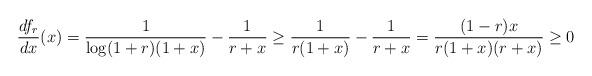
LaTeX: \begin{align*}\frac{df_r}{dx}(x)=\frac{1}{\log(1+r)(1+x)}-\frac{1}{r+x}\geq\frac{1}{r(1+x)}-\frac{1}{r+x}=\frac{(1-r)x}{r(1+x)(r+x)}\geq 0\end{align*}